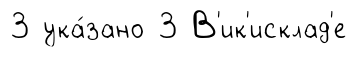
3 ука́зано 3 В'ик'исклад'е